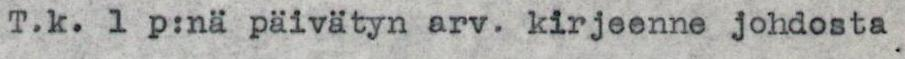
T.k. 1 p:nä päivätyn arv. kirjeenne johdosta .